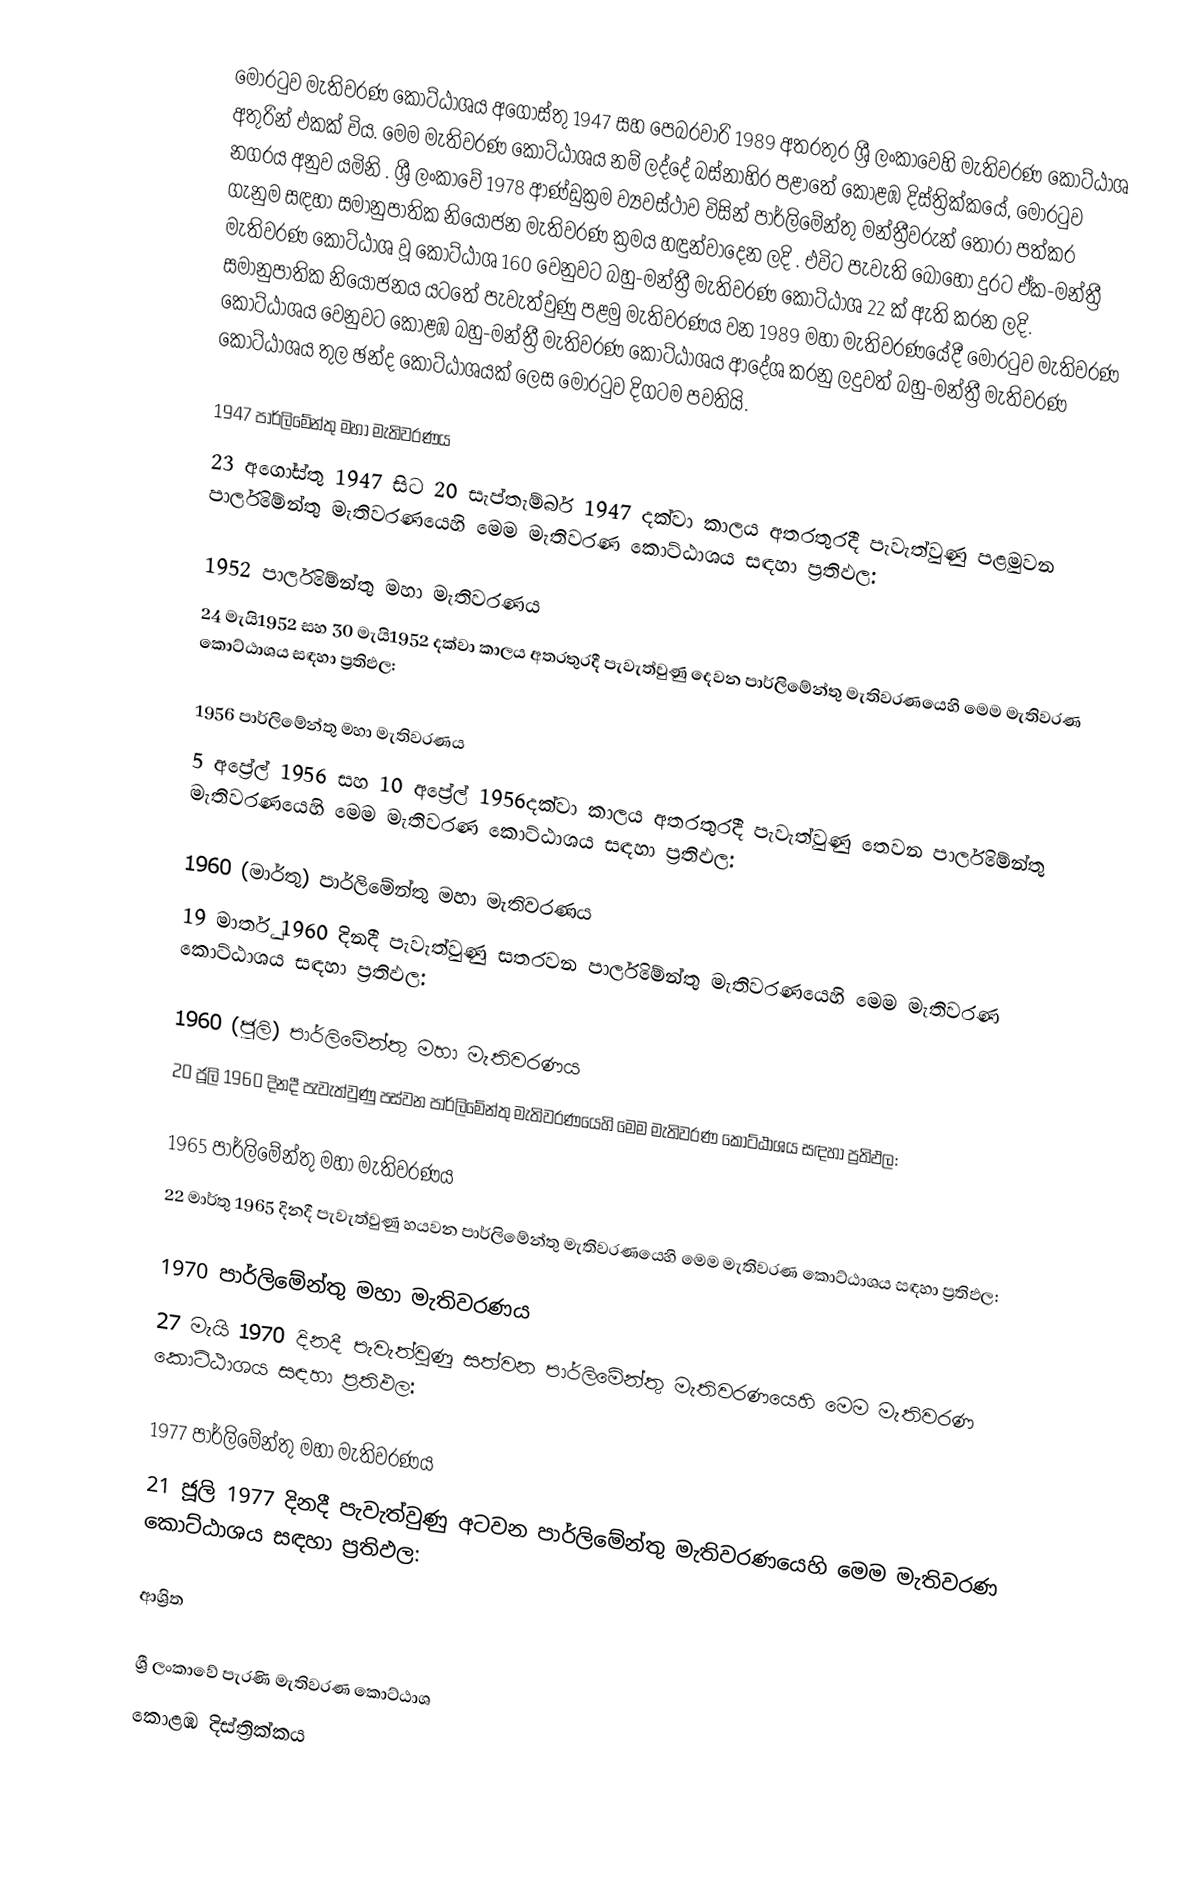
මොරටුව මැතිවරණ කොට්ඨාශය  අගෝස්තු 1947 සහ පෙබරවාරි 1989 අතරතුර  ශ්‍රී ලංකාවෙහි  මැතිවරණ කොට්ඨාශ අතුරින් එකක් විය. මෙම මැතිවරණ කොට්ඨාශය නම් ලද්දේ බස්නාහිර පළාතේ  කොළඹ දිස්ත්‍රික්කයේ,  මොරටුව නගරය අනුව යමිනි . ශ්‍රී ලංකාවේ 1978 ආණ්ඩුක්‍රම ව්‍යවස්ථාව විසින්   පාර්ලිමේන්තු මන්ත්‍රීවරුන් තෝරා පත්කර ගැනුම සඳහා සමානුපාතික නියෝජන මැතිවරණ ක්‍රමය හඳුන්වාදෙන ලදි . එවිට පැවැති බොහෝ දුරට  ඒක-මන්ත්‍රී මැතිවරණ කොට්ඨාශ වූ කොට්ඨාශ 160 වෙනුවට බහු-මන්ත්‍රී මැතිවරණ කොට්ඨාශ 22 ක් ඇති කරන ලදි. සමානුපාතික නියෝජනය යටතේ පැවැත්වුණු  පළමු මැතිවරණය වන 1989 මහා මැතිවරණයේදී  මොරටුව මැතිවරණ කොට්ඨාශය වෙනුවට  කොළඹ බහු-මන්ත්‍රී මැතිවරණ කොට්ඨාශය  ආදේශ කරනු ලදුවත් බහු-මන්ත්‍රී මැතිවරණ කොට්ඨාශය තුල ඡන්ද කොට්ඨාශයක් ලෙස මොරටුව දිගටම පවතියි.

1947 පාර්ලිමේන්තු මහා මැතිවරණය
23 අගෝස්තු 1947 සිට 20 සැප්තැම්බර් 1947 දක්වා කාලය අතරතුරදී පැවැත්වුණු   පළමුවන පාර්ලිමේන්තු මැතිවරණයෙහි මෙම මැතිවරණ කොට්ඨාශය සඳහා ප්‍රතිඵල:

1952 පාර්ලිමේන්තු මහා මැතිවරණය
24 මැයි1952 සහ 30 මැයි1952 දක්වා කාලය අතරතුරදී පැවැත්වුණු   දෙවන පාර්ලිමේන්තු මැතිවරණයෙහි මෙම මැතිවරණ කොට්ඨාශය සඳහා ප්‍රතිඵල:

1956 පාර්ලිමේන්තු මහා මැතිවරණය
5 අප්‍රේල් 1956 සහ 10 අප්‍රේල් 1956දක්වා කාලය අතරතුරදී පැවැත්වුණු   තෙවන පාර්ලිමේන්තු මැතිවරණයෙහි මෙම මැතිවරණ කොට්ඨාශය සඳහා ප්‍රතිඵල:

1960 (මාර්තු) පාර්ලිමේන්තු මහා මැතිවරණය
19 මාර්තු 1960 දිනදී පැවැත්වුණු   සතරවන පාර්ලිමේන්තු මැතිවරණයෙහි මෙම මැතිවරණ කොට්ඨාශය සඳහා ප්‍රතිඵල:

1960 (ජූලි) පාර්ලිමේන්තු මහා මැතිවරණය
20 ජූලි 1960 දිනදී පැවැත්වුණු   පස්වන පාර්ලිමේන්තු මැතිවරණයෙහි මෙම මැතිවරණ කොට්ඨාශය සඳහා ප්‍රතිඵල:

1965 පාර්ලිමේන්තු මහා මැතිවරණය
22 මාර්තු 1965  දිනදී පැවැත්වුණු   හයවන පාර්ලිමේන්තු මැතිවරණයෙහි මෙම මැතිවරණ කොට්ඨාශය සඳහා ප්‍රතිඵල:

1970 පාර්ලිමේන්තු මහා මැතිවරණය
27 මැයි 1970 දිනදී පැවැත්වුණු   සත්වන පාර්ලිමේන්තු මැතිවරණයෙහි මෙම මැතිවරණ කොට්ඨාශය සඳහා ප්‍රතිඵල:

1977 පාර්ලිමේන්තු මහා මැතිවරණය
21 ජූලි 1977 දිනදී පැවැත්වුණු   අටවන පාර්ලිමේන්තු මැතිවරණයෙහි මෙම මැතිවරණ කොට්ඨාශය සඳහා ප්‍රතිඵල:

ආශ්‍රිත

ශ්‍රී ලංකාවේ පැරණි මැතිවරණ කොට්ඨාශ
කොළඹ දිස්ත්‍රික්කය